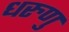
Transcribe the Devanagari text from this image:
धरुणु